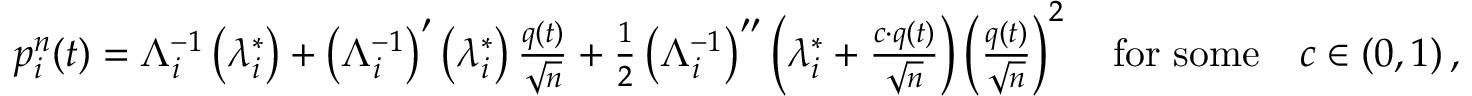
\begin{array} { r } { p _ { i } ^ { n } ( t ) = \Lambda _ { i } ^ { - 1 } \left( \lambda _ { i } ^ { * } \right) + \left( \Lambda _ { i } ^ { - 1 } \right) ^ { \prime } \left( \lambda _ { i } ^ { * } \right) \frac { q ( t ) } { \sqrt { n } } + \frac { 1 } { 2 } \left( \Lambda _ { i } ^ { - 1 } \right) ^ { \prime \prime } \left( \lambda _ { i } ^ { * } + \frac { c \cdot q ( t ) } { \sqrt { n } } \right) \left( \frac { q ( t ) } { \sqrt { n } } \right) ^ { 2 } \quad \mathrm { f o r ~ s o m e } \quad c \in \left( 0 , 1 \right) , } \end{array}